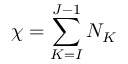
\chi = \sum _ { K = I } ^ { J - 1 } N _ { K }